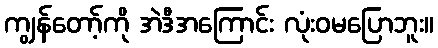
ကျွန်တော့်ကို အဲဒီအကြောင်း လုံးဝမပြောဘူး။